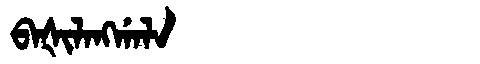
Manchu: ᠪᠠᡧᡳᠯᠠᠩᡤᠠᠯᠠ
Romanization: BAŠILANGGALA